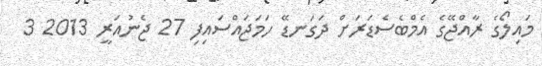
މައިލޯގެ ރާއްޖޭގެ އެމްބެސެޑަރަށް ދަގަނޑޭ ހަމަޖައްސައިފި 27 ޖެނުއަރީ 2013 3